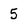
Character: 5